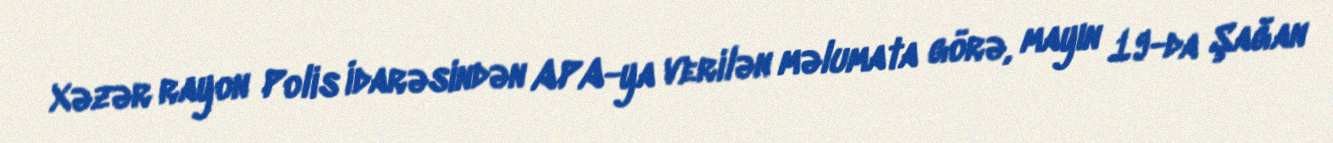
Xəzər rayon Polis İdarəsindən APA-ya verilən məlumata görə, mayın 19-da Şağan